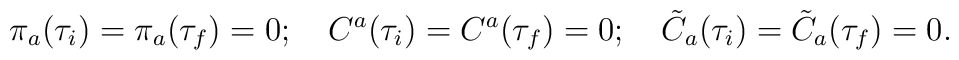
\pi_a(\tau_i)=\pi_a(\tau_f)=0;\quad C^a(\tau_i)=C^a(\tau_f)=0;\quad\tilde C_a(\tau_i)=\tilde C_a(\tau_f)=0.